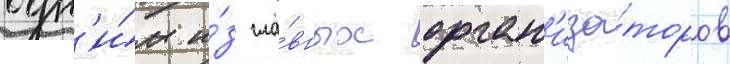
одн'и́м и́з гла́вных орган'иза́торов